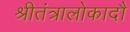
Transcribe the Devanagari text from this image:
श्रीतंत्रालोकादौ